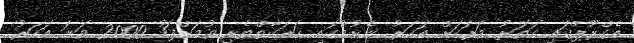
އެގްރޫޕްގައި ހަތަރު ވަރަކަށް އަހަރު ނެށުމުގައި ހަރަކާތްތެރި ވުމަށްފަހު 2000 ވަނަ އަހަރު